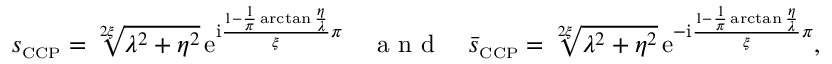
s _ { \scriptscriptstyle { \mathrm { C C P } } } = \sqrt [ 2 \xi ] { \lambda ^ { 2 } + \eta ^ { 2 } } \, \mathrm { e } ^ { \mathrm { i } \frac { 1 - \frac { 1 } { \pi } \arctan \frac { \eta } { \lambda } } { \xi } \pi } \quad \mathrm { ~ a ~ n ~ d ~ } \quad \bar { s } _ { \scriptscriptstyle { \mathrm { C C P } } } = \sqrt [ 2 \xi ] { \lambda ^ { 2 } + \eta ^ { 2 } } \, \mathrm { e } ^ { - \mathrm { i } \frac { 1 - \frac { 1 } { \pi } \arctan \frac { \eta } { \lambda } } { \xi } \pi } ,